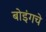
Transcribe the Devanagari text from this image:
बोइंगचे